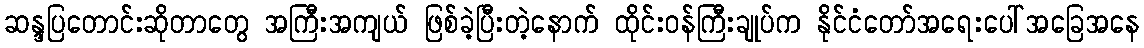
ဆန္ဒပြတောင်းဆိုတာတွေ အကြီးအကျယ် ဖြစ်ခဲ့ပြီးတဲ့နောက် ထိုင်းဝန်ကြီးချုပ်က နိုင်ငံတော်အရေးပေါ်အခြေအနေ